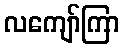
လကျော်ကြာ